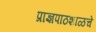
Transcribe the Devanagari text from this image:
प्राज्ञपाठशाळचे